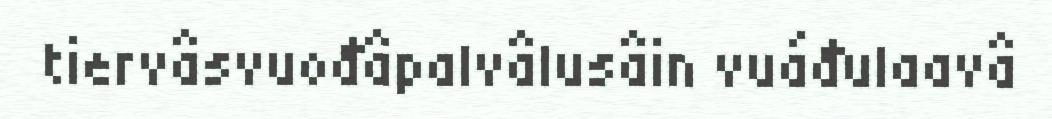
tiervâsvuođâpalvâlusâin vuáđulaavâ